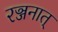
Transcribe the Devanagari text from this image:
रञ्जनात्